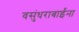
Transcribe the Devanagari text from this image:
वसुंधराबाईंना